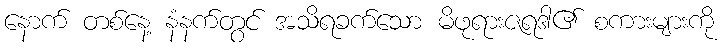
နောက် တစ်နေ့ နံနက်တွင် အသိရခက်သော မိဖုရားဇရဒါ၏ စကားများကို